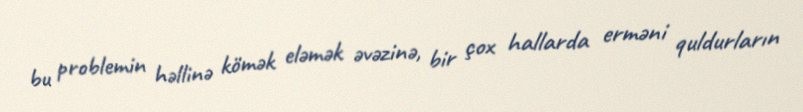
bu problemin həllinə kömək eləmək əvəzinə, bir çox hallarda erməni quldurların